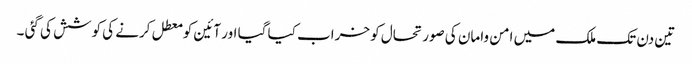
تین دن تک ملک میں امن وامان کی صورتحال کو خراب کیا گیا اور آئین کو معطل کرنے کی کوشش کی گئی ۔